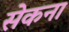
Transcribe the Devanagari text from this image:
सेकना